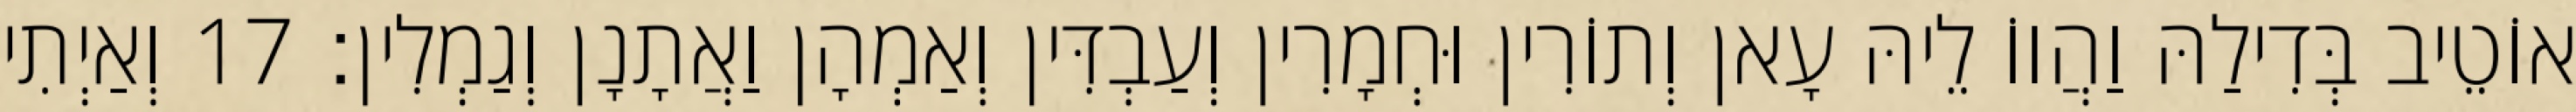
אוֹטֵיב בְּדִילַהּ וַהֲווֹ לֵיהּ עָאן וְתוֹרִין וּחְמָרִין וְעַבְדִּין וְאַמְהָן וַאֲתָנָן וְגַמְלִין׃ 17 וְאַיְתִי